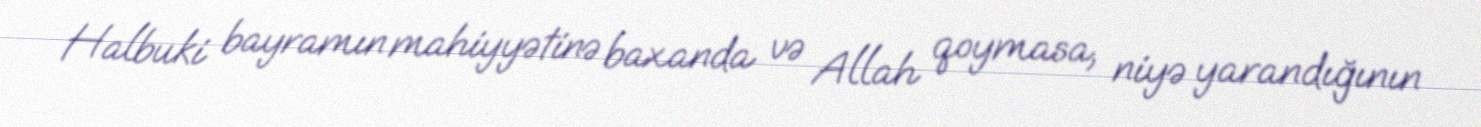
Halbuki bayramın mahiyyətinə baxanda və Allah qoymasa, niyə yarandığının